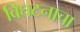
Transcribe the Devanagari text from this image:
विघटनाचा